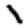
Digit: 1